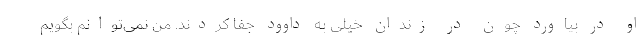
او در بیاورد چون در زندان خیلی به داوود جفا کردند. من نمی‌توانم بگویم